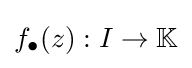
f_{\bullet }(z):I\to \mathbb {K}